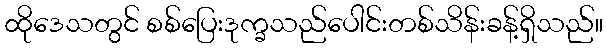
ထိုဒေသတွင် စစ်ပြေးဒုက္ခသည်ပေါင်းတစ်သိန်းခန့်ရှိသည်။